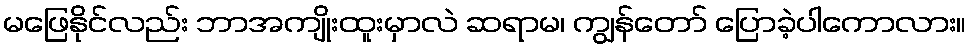
မဖြေနိုင်လည်း ဘာအကျိုးထူးမှာလဲ ဆရာမ၊ ကျွန်တော် ပြောခဲ့ပါကောလား။